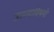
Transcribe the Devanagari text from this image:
जाण्याविषयी